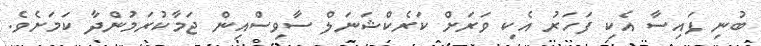
ބުނި ފައިސާ އެކި ފަހަރު އެކި ވަރަށް ކަރެކްޝަނަލް ސާވިސްއިން ޖަމާކުރަމުންދާ ކަމަށެވެ.